Lunatic asylums Madras 1892-1911 - 1892-1911
Year: 1892
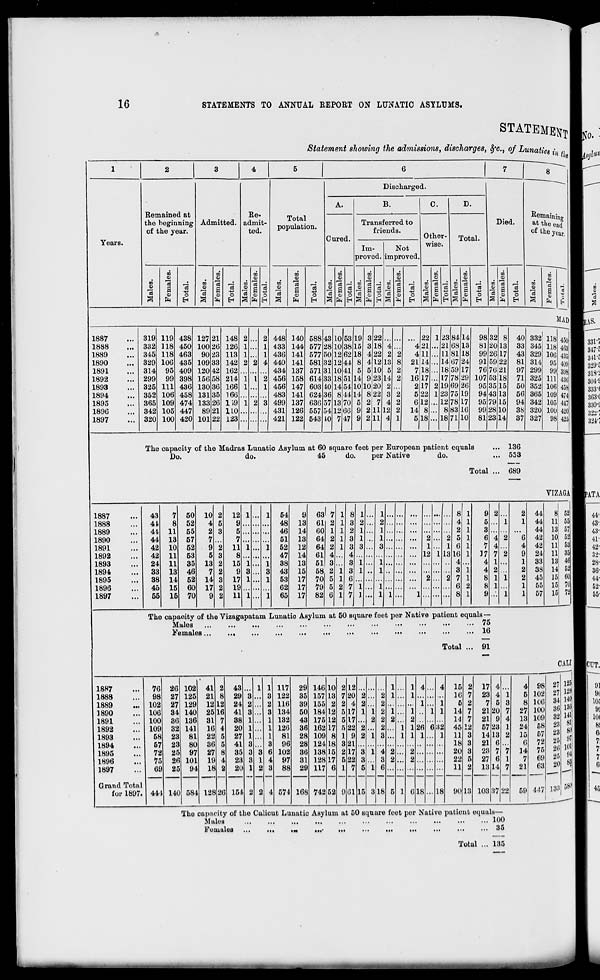
16
STATEMENTS TO ANNUAL REPORT ON LUNATIC ASYLUMS
STATEMBtfJ
Statement showing the admissions, discharges, §»c, of Lunat toftflj
1
2
3
4
5
6
7
8 ~~ 1
Discharged.
A.
B.
C.
D.
Years.
Remained at
the beginning
of the year.
R
Admitted, adr
te
e "
Total
ait-
1 ..
population.
Died.
Remaining
at tlj e end I
of the y e a ri
Cured
r
]
transferred to
friends.
_
Ot her "
Total.
ise.
[m-
Not
w
proved, improved.
co
a
i 0
m
00
B)
CO
CO
m
no
<. )
< )
a>
0
O
0
3
(1)
CO
in
*e3
_;
S "< ' d S "t 3 ~ X
13
,_;
to <s <- ■i CO 3 -i to 'S rJ oi 78 <-s 58 rr 1 ,_! CO 3
CO
M
"5
3
S
c3
O
EH
•a * 9 O * (
5 c3
«g
H H 3
6 3
0
EH
3
O) 0 «
fe EH 8
S 0
Si
3 ,2
0 £
d
S
«
<o
0
*
ft EH 8
CO
0
*
h EH S
s
9
!8
O
EH
0 a
CO
it
O
EH
HI
"3
E
0
ft E-i
MAD
1887
319 119 438 127 21 L 148 2 .. . 2 448 140 588 43 105;
1
119 8 «...
22 123 8414 98 32 8 40 332 118 450 1
463 1
1888
.. 332 118 450 100 2t > 126 1 .. . 1 433 144 577 28 10 3c 4 15 3 18 4
421. .. 21 68 13 81 20 13 33 345 118
1889
,, 345 118 463 90 2C 1 113 1 .. . 1 436 141 577 B0 1261 >18 4 22 2 2
411 . .. 1181 18 99 26 17 43 329 lflli 4851
1890
329 106 435 109 3J 1 142 2 1 I 4 440 141 581 52 12 4- 1 8 4 12 13 8 21 14 . .. 14 67 24 91 59 22 81 314 95 4091
1891
314 95 409 120 41 ! 162
. ... 434 137 571 31 10 4] L 5 5 10 5 2
718. .. 18 59 17 76 76 21 97 299 99 898
1892
,, 299 99 398 156 5fc I 214 1 L 2 456 158 614 33 18 5] L 14 9 23 14 2 16 17 . .. 17 78 29 107 53 18 71 325 in 488
1893
325 111 436 130 3( i 166 1 .. . 1 456 147 603 10 14 54 I 10 10 20 2
217 2 19 69 26 95 35 15 50 352 106 458 1
1894
352 106 458 131 8i > 166
. ... 483 141 624 16 8 44 14 8 22 3 2
5 22 123 75 19 94 43 13 56 365 109 474 1
1895
365 109 474 133 2( i 119 1 i > 3 499 137 636 57 13 7C 1 5 2 7 4 2
6 12 . .. 12 78 17 95 79 15 94 342 105 44? 1
1896
342 105 447 89 21 . XL0
. ... 431 126 557 -.4 L2 66 9 2 1112 2 14 8 . . 8 83 16 99 28 10 38 320 100 4201
1897
... 320 100 420 10121 i 123
421 122 543 10 7 47 9 2 LI 4 1
5 18. .1871 10 8123
327 98 425
The capacity of the Madras Lunatic Asylum at 60 square feet per European patient equals
... 136
Do.
do.
45
do.
per Native
do.
... 553
Total ... 689
VIZAGA
1887
43
7 50 10 2 12 1 . . 1 54
9 63I 7 1 8 1
1
9 2
2 44
8 52
1888
41
8 52
4 5
9.... . ...
48 13 61 2 1 3 2
2
4 1
5
1
1 44 11 55
1889
41 11 55
2 3
5.... . ... 46 14 60 1 1 2 1
1 ...
2 1
3
44 13 57
1890
44 13 57
7.
7 ... . . ... 51 13 64 2 1 3 1
1 ...
2 ..2 5 1
6 4 2
6 42 10 52
1891
42 10 52
9 2 11 1 . . 1 52 12 64 2 1 3 3
3 ...
1 .. 1 6 1
7 4
4 42 11 53
1892
4?, 11
53
5 3
8... . . ... 47 14 61 4
* ...
12 1 13 16 1
17 7 2
9 24 11 35
1893
24 11 35 13 2 15 1. . 1 38 13 51 3
3 1
1 ...
.. .. 4
4 1
1 33 13 46
1894
33 13 46
7 2
9 3. . 3 43 15 58 2 1 . 3 1
1 ..
3 1
4 2
2 38 14 52
1895
38 14 52 14 3 17 1 . . 1 53 17 70 R 1 (
2 ..2 7 1
8 1 1
2 45 15 60
1896
45 15 60 17 2 19...
17 79 5 2 ' 1 1
1 ...
6 2
8 1
1 55 15 70
1897
55 15 70
9 2 11 1. . 1 65 17 82 6 1 * ' ) f 11 1 i- b ' 9 1 1 57 15 72
The capacity of the Vizagapatam Lunatic Asylum at 50 square feet per Native patient equals —
Males
...
...
...
...
...
••• 75
Females
•••
••• 16
Total ... 91
CAL1
1887
76 26 102 41 2 43... 1 1 117 29 146 10 2 1 ?, ,
1 ... 1 4... 4 15 2 17 4
4 98 27 125
129
140;
136
141
81
07
1888
98 27 125 21 8 29 3 . .. 3 122 35 157 1!{ 72 0 2
2 1 ... 1
...
16 7 23 4 1
5 102 27
1889
102 27 129 12 1 2 24 2 . .. 2 116 39 155 2 2 4 2
a,,
1 ... 1
5 2
7 5 3
8 106 34
1890
106 34 140 25 1 6 41 3 . .. 3 134 50 184 12 51 7 1 1 2 1 ... 1 .. 1 1 14 7 21 20 7 27 100 3t
1891
100 36 136 31 7 38 1 . .. 1 132 43 175 12 51 7... 2 2 2 ... 2
...
14 7 21 9 4
13 101 31
1892
109 32 141
16 4 20 1 . .. 1 126 3fi 162 17 5 2 2 2
2... 1 126 6 32 45 12 57 23 1 24 58 23
1893
58 23 81 22 5 27 1 . .. 1 81 28 109 8 1 9 2 1 3... 1 1 1... 1 11 3 14 13 2 15 57 23
1894
1895
57
72
23
25
80
97
36
27
5 41 3 .
8 35 3
.. 3 96
3 6 102
28
36
124
138
IK
15
32
21
1
...
18 3
3
21
28
6
7 "7
6
14
72
75
25
2!
VII
7 3 1 4 2 ... 2
... 20
101|
91
4
1896
11
2f 101 19 4 23 3 1 4 97 31 128 17 52 2 3
3 2 ... 2
22 5 27 6 1
7 69 25
1897
6! 1 25 91 18 2 20 1 2 3 88 29 117 6 1 7 5 1 6
11 2 13 14 7 21 63 21)
Grand Total
0
for 1897. 44 1 14C l 581 1281 !6 154 2 2 4 571 168 742 52 9 6 115 8 18 5 1 618... 18 90 13 103 37 22 59 447 199
The capacity of the Calicut Luuutic Asylum at 50 square foot per Nativo patient equals—
Malus
100
Fomules
■
35
Total ... 135